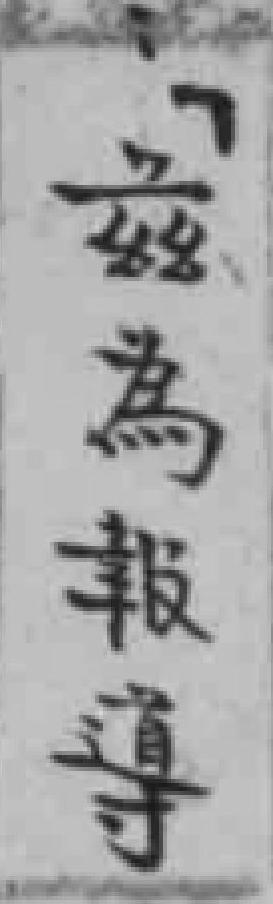
兹為報導